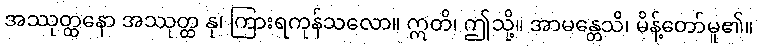
အဿုတ္ထနော အဿုတ္ထ နု၊ ကြားရကုန်သလော။ ဣတိ၊ ဤသို့။ အာမန္တေသိ၊ မိန့်တော်မူ၏။